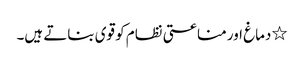
٭دماغ اور مناعتی نظام کو قوی بناتے ہیں۔